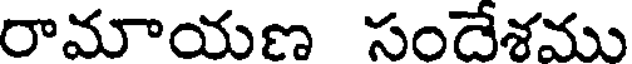
రామాయణ సందేశము